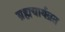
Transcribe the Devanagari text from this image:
ब्रह्मचार्यव्रत